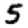
Digit: 5